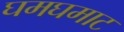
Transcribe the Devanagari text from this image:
घमघमाट